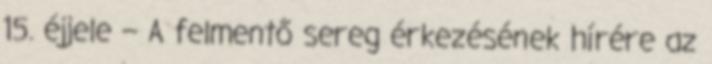
15. éjjele – A felmentő sereg érkezésének hírére az